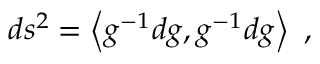
d s ^ { 2 } = \left< g ^ { - 1 } d g , g ^ { - 1 } d g \right> ~ ,